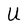
Character: U